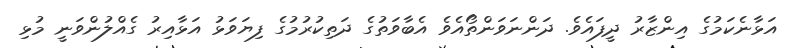
އަޅާނެކަމުގެ އިންޒާރު ދީފައެވެ. ދަންނަވަންތޯއެވެ އެބާވަތުގެ ދަތިކުރުމުގެ ފިޔަވަޅު އަޅާއިރު ގެއްލުންވަނީ މުޅި